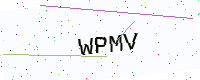
Text: WPMV